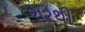
યરથી